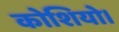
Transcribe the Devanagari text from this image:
कोशियो।